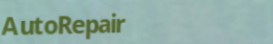
AutoRepair